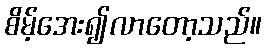
စိမ့်အေး၍လာတော့သည်။